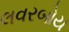
લવરબોય